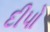
દીપો